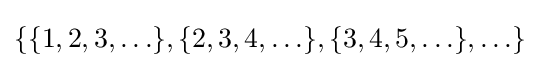
\{\{1,2,3,\ldots \},\{2,3,4,\ldots \},\{3,4,5,\ldots \},\ldots \}